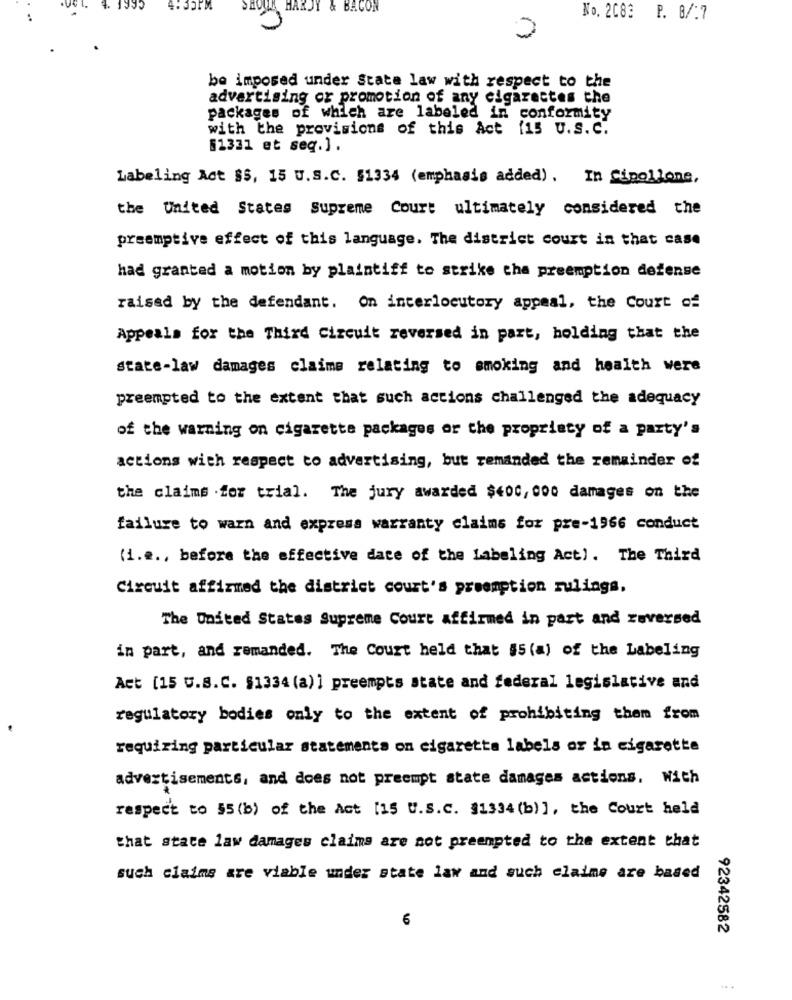
HARDY & BACON
:
No. 2083 P. 8/:7
be imposed under State law with respect to the
advertising or promotion of any cigarettes the
packages of which are labeled in conformity
with the provisions of this Act [15 U.S. C.
[1331 et seq.].
Labeling Act $5, 15 U.S.C. $1334 (emphasis added). In Cipollone,
the United States Supreme Court ultimately considered the
preemptive effect of this language. The district court in that case
had granted a motion by plaintiff to strike tha preemption defense
raised by the defendant. On interlocutory appeal, the Court of
Appeals for the Third Circuit reversed in part, holding that the
state-law damages claims relating to smoking and health were
preempted to the extent that such actions challenged the adequacy
of the warning on cigarette packages or the propriety of a party's
actions with respect to advertising, but remanded the remainder of
the claims .for trial. The jury awarded $400, 000 damages on the
failure to warn and express warranty claims for pre-1966 conduct
(i.e ., before the effective date of the Labeling Act). The Third
Circuit affirmed the district court's preemption rulings,
The United States Supreme Court affirmed in part and reversed
in part, and remanded. The Court held that 65 (a) of the Labeling
Act [15 U.S.C. §1334 (a)] preempts state and federal legislative and
regulatory bodies only to the extent of prohibiting them from
requiring particular statements on cigaretta labels or in cigarette
advertisements, and does not preempt state damages actions. With
respect to 55 (b) of the Act [15 U.S.c. $1334 (b)], the Court held
that state law damages claims are not preenpted to the extent that
such claims are viable under state law and such claime are based
6
92342582